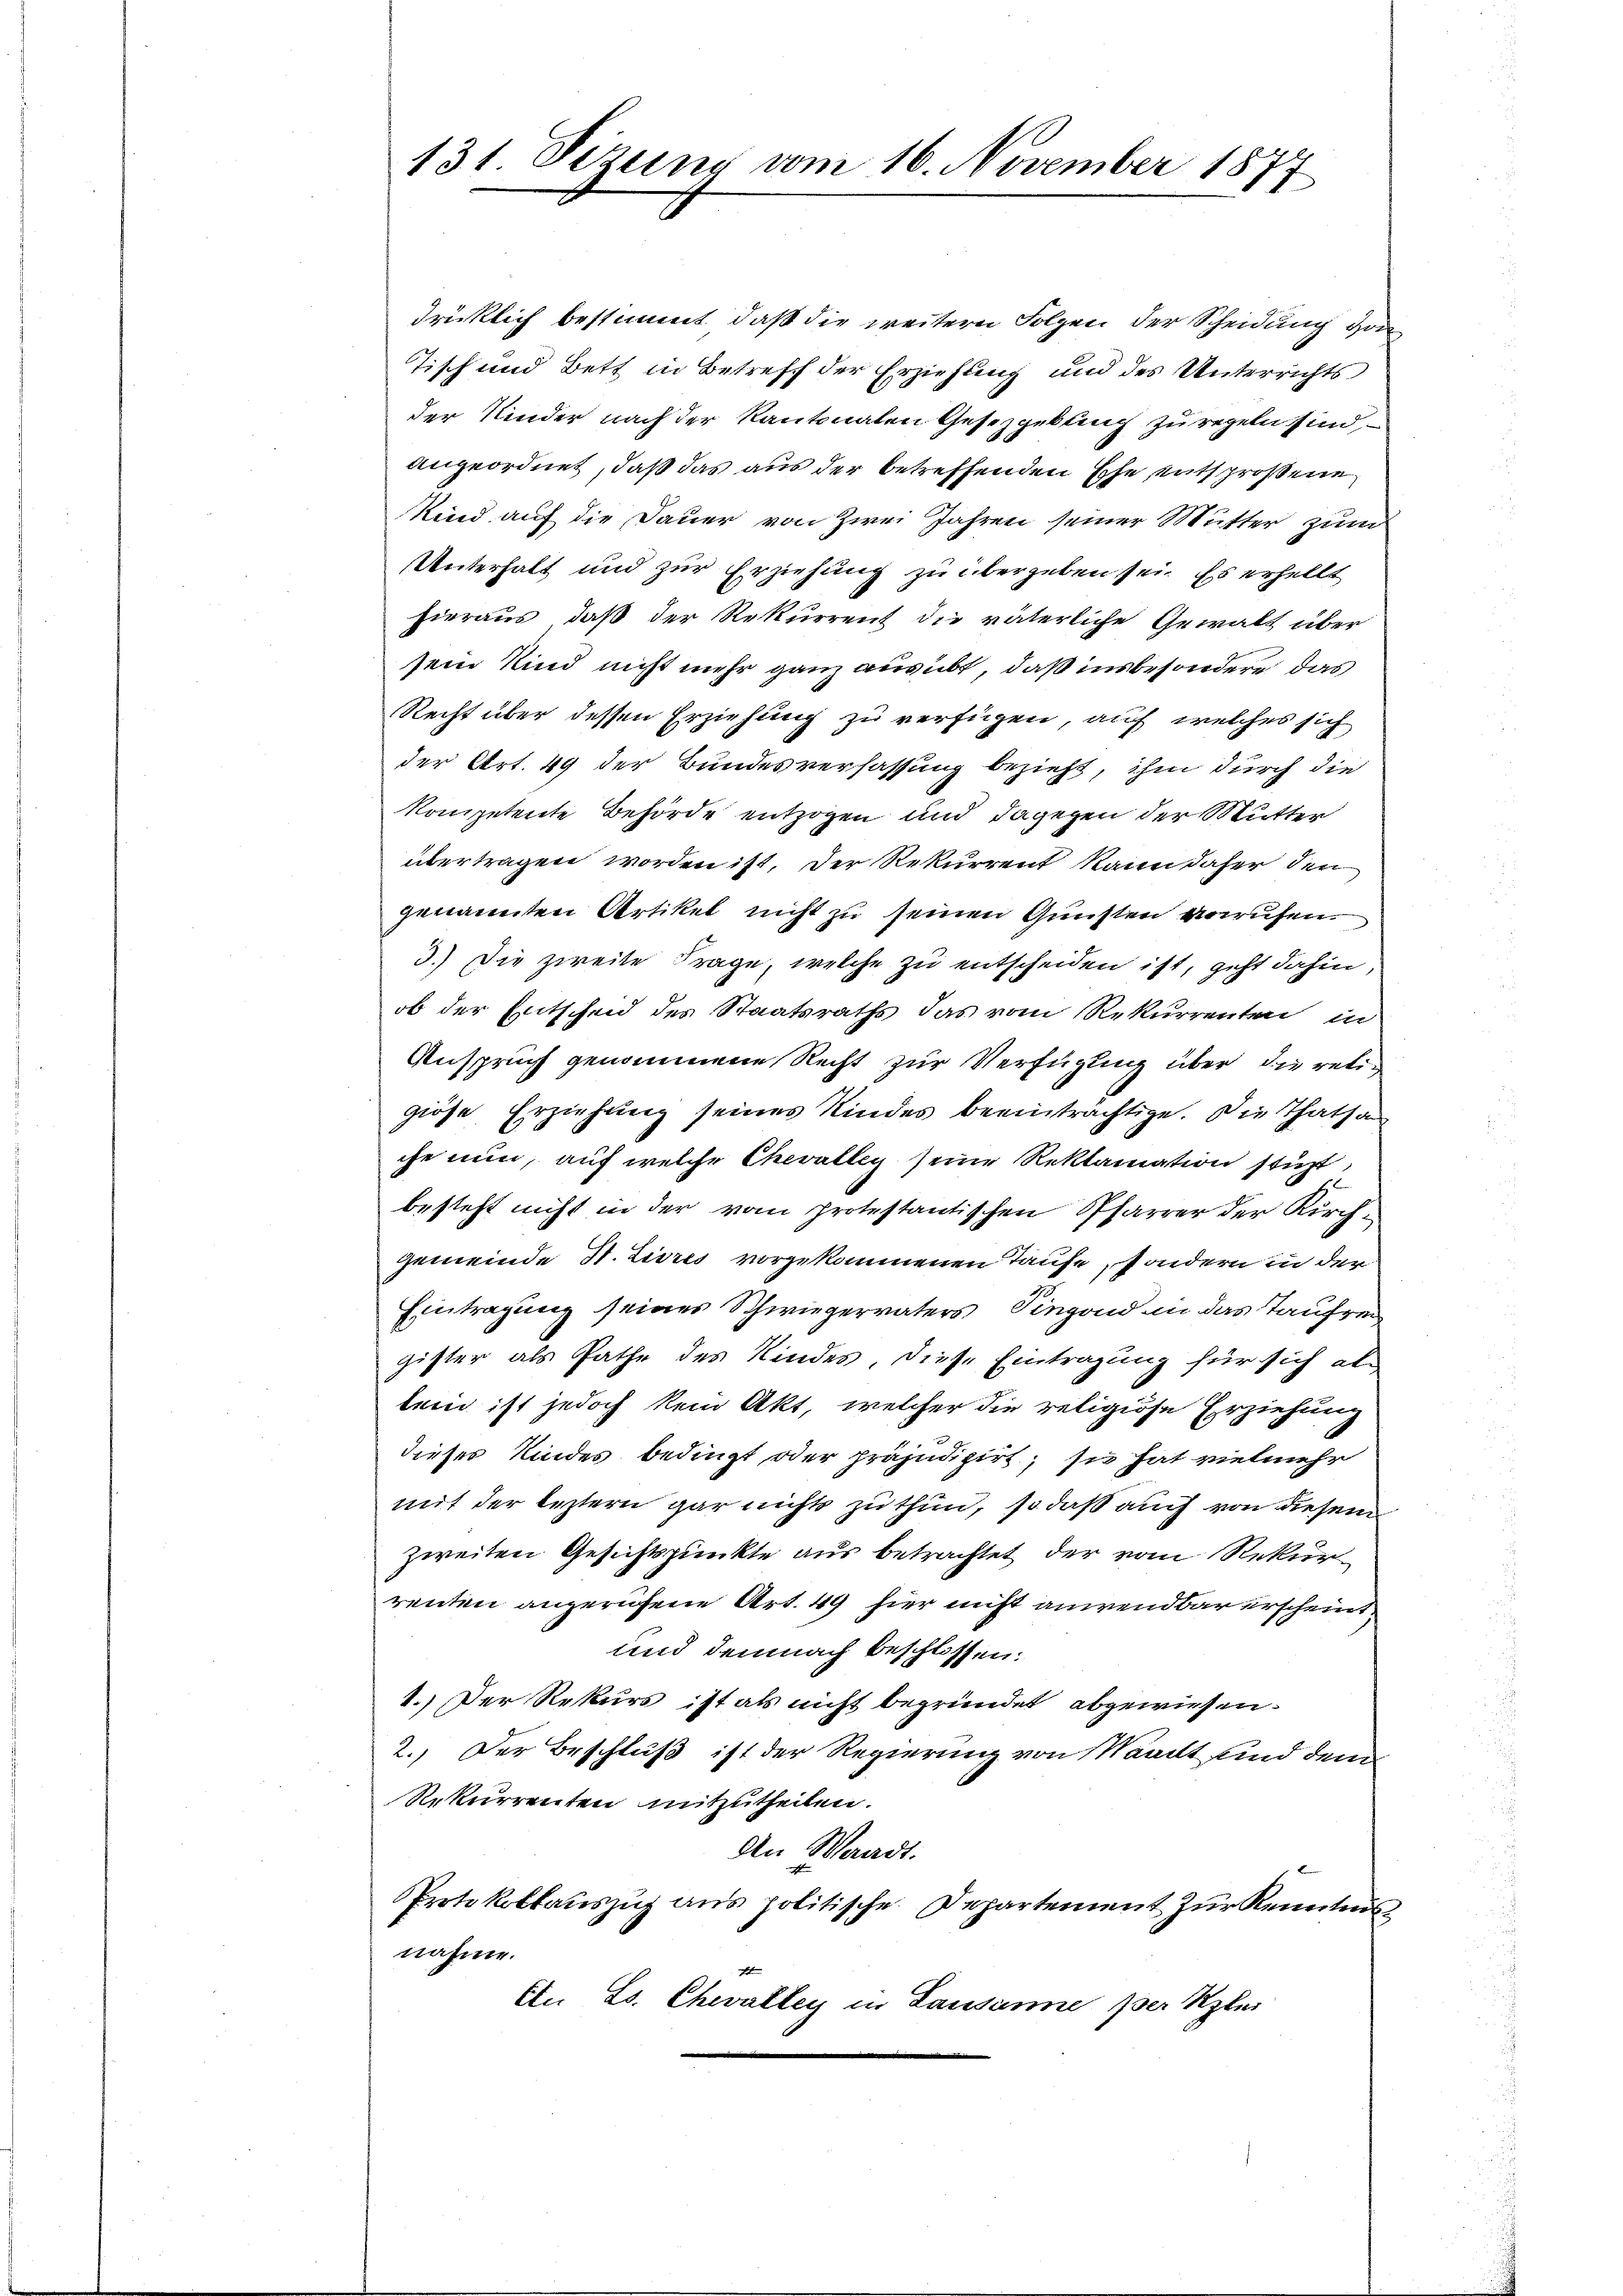
131. Sizung vom 16. November 1877

drücklich bestimmt, daß die weitern Folgen der Scheidung von
Tisch und Bett in Betreff der Erziehung und des Unterrichts
der Kinder nach der Kantonalen Gesetzgebling zu regeln sind,
angeordnet, daß das aus der betreffenden Ehe entsprossene
Kind auf die Dauer von Zwei Jahren seiner Mutter zum
Unterhalt und zur Erziehung zu übergeben sei. Es erhellt
hieraus, daß der Rekurrent die väterliche Gewalt über
sein Kind nicht mehr ganz ausübt, daß insbesondere das
Recht über dessen Erziehung zu verfügen, auf welches sich
der Art. 49 der Bundesverfassung bezieht, ihm durch die
kompetente Behörde entzogen und dagegen der Mutter
übertragen worden ist. Der Rekurrent kann daher den
genannten Artikel nicht zu seinen Gunsten vorrufen
3.) Die zweite Frage, welche zu entscheiden ist, geht dahin,
ob der Entscheid des Staatsraths das vom Rekurrenten in
Anspruch genommene Recht zur Verfügung über die retigiöse Erziehung seines Kindes beeinträchtige. Die Thatsa
che nun, auf welche Chevalley seine Reklamation stüzt,
besteht nicht in der vom protestantischen Pfarrer der Kirchgemeinde St. Livres vorgekommenen Taufe, sondern in der
Eintragung seines Schwiegervaters Singend in das Taufen
gister als Pathe des Kindes, diese Eintragung für sich altemd ist jedoch kein Akt, welcher die religiöse Erziehung
dieses Kindes bedingt oder präjudizirt, sie hat vielmehr
mit der leztern gar nichts zu thun, so daß auch von diesem
zweiten Gesichtspunkte aus betrachtet der vom Rekurrenten angerufene Art. 49 hier nicht anwendbar erscheint,
und demnach beschlossen:
1.) Der Rekurs ist als nicht begründet abgewiesen.
2.) Der Beschluß ist der Regierung von Waadt sind dem
Rekurrenten mitzutheilen.
An Waadt.
Protokollauszug aus politische Departement zur Kenntnis
nahme.
Ein Es. Chevalley in Lausanne per Klei